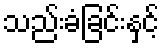
သည်းခံခြင်းနှင့်